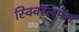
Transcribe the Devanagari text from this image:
स्क्विरलमेल